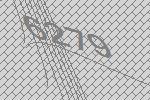
6279